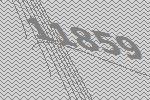
11859